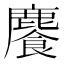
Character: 𩞇